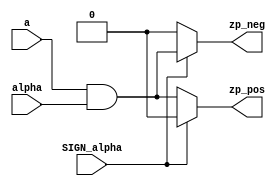



module NN_InputWeight_POLAR(a,alpha,SIGN_alpha,zp_pos,zp_neg);


input a,alpha,SIGN_alpha;

output zp_pos,zp_neg;

wire zp;

assign zp = a&alpha;

assign zp_pos = (SIGN_alpha) ? 1'b0 : zp;

assign zp_neg = (SIGN_alpha) ? zp : 1'b0;


endmodule